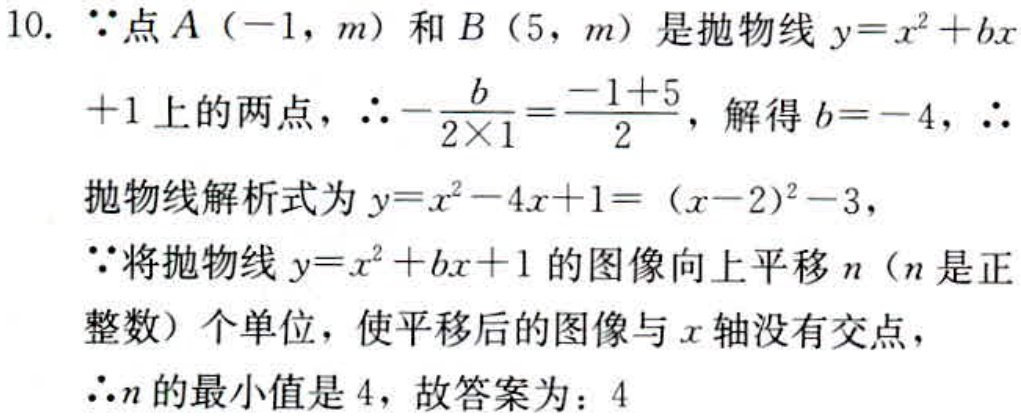
10. $\because$点$A(-1,m)$和$B(5,m)$是抛物线$y = x^{2}+bx + 1$上的两点，$\therefore-\frac{b}{2\times1}=\frac{-1 + 5}{2}$，解得$b = - 4$，$\therefore$
抛物线解析式为$y = x^{2}-4x + 1=(x - 2)^{2}-3$，
$\because$将抛物线$y = x^{2}+bx + 1$的图像向上平移$n$（$n$是正整数）个单位，使平移后的图像与$x$轴没有交点，
$\therefore n$的最小值是$4$，故答案为：$4$